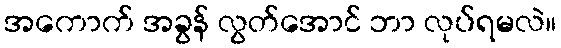
အကောက် အခွန် လွတ်အောင် ဘာ လုပ်ရမလဲ။